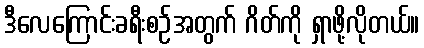
ဒီလေကြောင်းခရီးစဉ်အတွက် ဂိတ်ကို ရှာဖို့လိုတယ်။